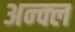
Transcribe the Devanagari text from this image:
अन्क्ल